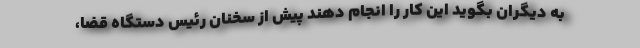
به دیگران بگوید این کار را انجام دهند پیش از سخنان رئیس دستگاه قضا،